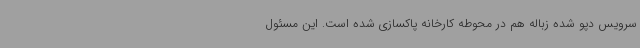
سرویس دپو شده زباله هم در محوطه کارخانه پاکسازی شده است. این مسئول